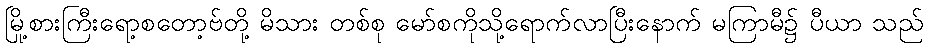
မြို့စားကြီးရော့စတော့ဗ်တို့ မိသား တစ်စု မော်စကိုသို့ရောက်လာပြီးနောက် မကြာမီ၌ ပီယာ သည်